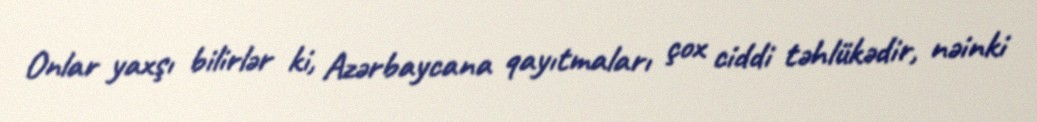
Onlar yaxşı bilirlər ki, Azərbaycana qayıtmaları çox ciddi təhlükədir, nəinki